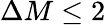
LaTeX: \Delta M\leq 2